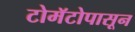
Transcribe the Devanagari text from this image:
टोमॅटोपासून